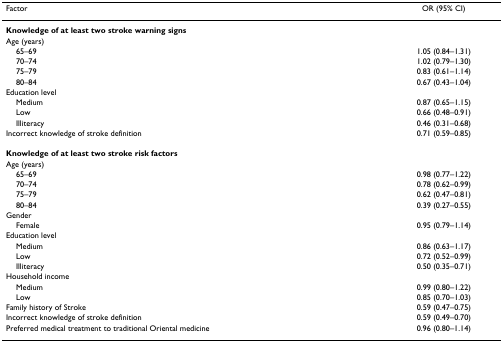
| Factor | OR (95% CI) |
 | --- | --- |
 | <COLSPAN=2> Knowledge of at least two stroke warning signs |
 | Age (years) |  |
 | 65–69 | 1.05 (0.84–1.31) |
 | 70–74 | 1.02 (0.79–1.30) |
 | 75–79 | 0.83 (0.61–1.14) |
 | 80–84 | 0.67 (0.43–1.04) |
 | Education level |  |
 | Medium | 0.87 (0.65–1.15) |
 | Low | 0.66 (0.48–0.91) |
 | Illiteracy | 0.46 (0.31–0.68) |
 | Incorrect knowledge of stroke definition | 0.71 (0.59–0.85) |
 | <COLSPAN=2> Knowledge of at least two stroke risk factors |
 | Age (years) |  |
 | 65–69 | 0.98 (0.77–1.22) |
 | 70–74 | 0.78 (0.62–0.99) |
 | 75–79 | 0.62 (0.47–0.81) |
 | 80–84 | 0.39 (0.27–0.55) |
 | Gender |  |
 | Female | 0.95 (0.79–1.14) |
 | Education level |  |
 | Medium | 0.86 (0.63–1.17) |
 | Low | 0.72 (0.52–0.99) |
 | Illiteracy | 0.50 (0.35–0.71) |
 | Household income |  |
 | Medium | 0.99 (0.80–1.22) |
 | Low | 0.85 (0.70–1.03) |
 | Family history of Stroke | 0.59 (0.47–0.75) |
 | Incorrect knowledge of stroke definition | 0.59 (0.49–0.70) |
 | Preferred medical treatment to traditional Oriental medicine | 0.96 (0.80–1.14) |